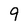
Character: 9